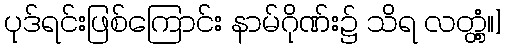
ပုဒ်ရင်းဖြစ်ကြောင်း နာမ်ဂိုဏ်း၌ သိရ လတ္တံ့။]